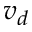
v _ { d }